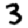
Digit: 3